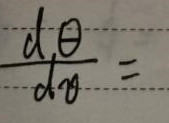
\frac{d\theta}{d\theta}=